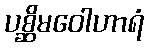
ပစ္ဆိမဝေါဟာရံ